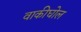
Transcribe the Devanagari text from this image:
वाकीघोल